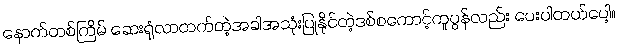
နောက်တစ်ကြိမ် ဆေးရုံလာတက်တဲ့အခါအသုံးပြုနိုင်တဲ့ဒစ်စကောင့်ကူပွန်လည်း ပေးပါတယ်ပေါ့။